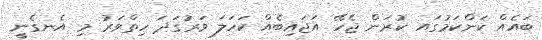
ބައެއް ކަންކަމުގައ ކުރަން ޖެހޭ އަޖައިބެއް ކަހަލަ ވަރުގަދަ ހިތްވަރު މި އެނގެނީ